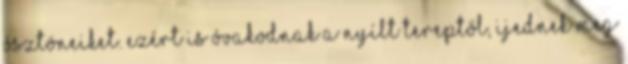
ösztöneiket. Ezért is óvakodnak a nyílt tereptől, ijednek meg